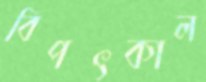
বিপৎকাল